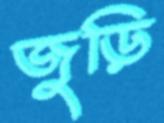
জুড়ি